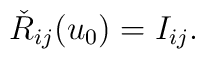
\check{R}_{ij}(u_0)= I_{ij}.